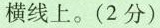
横线上。(2分)